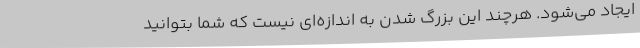
ایجاد می‌شود. هرچند این بزرگ شدن به اندازه‌ای نیست که شما بتوانید